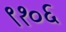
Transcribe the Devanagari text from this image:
९१०६